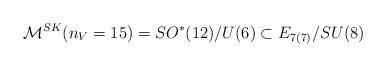
LaTeX: \begin{align*}{\cal M}^{SK}(n_V=15)=SO^*(12)/U(6)\subset E_{7(7)}/SU(8)\end{align*}